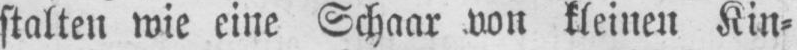
stalten wie eine Schaar von kleinen Kin⸗